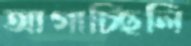
আগাচ্ছিলি